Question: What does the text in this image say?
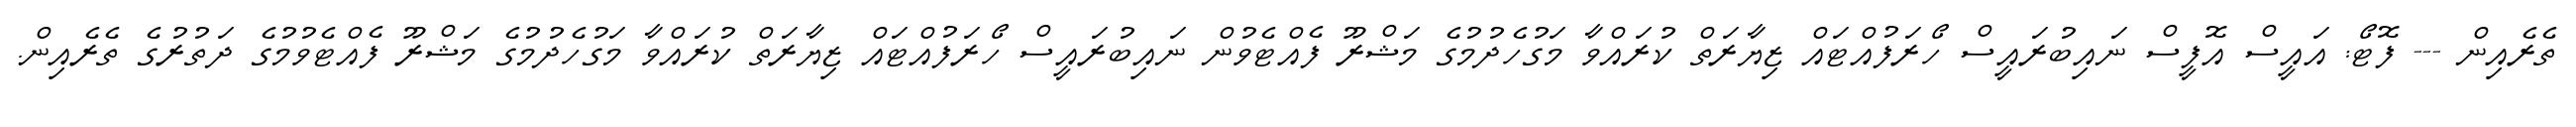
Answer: ތެރެއިން --- ފޮޓޯ: އައީސް އޮފީސް ނައިބުރައީސް ހޯރަފުއްޓައް ޒިޔާރަތް ކުރައްވާ މަގުހެދުމުގެ މަޝްރޫ ފެއްޓެވުން ނައިބުރައީސް ހޯރަފުއްޓައް ޒިޔާރަތް ކުރައްވާ މަގުހެދުމުގެ މަޝްރޫ ފެއްޓެވުމުގެ ދަތުރުގެ ތެރެއިން.